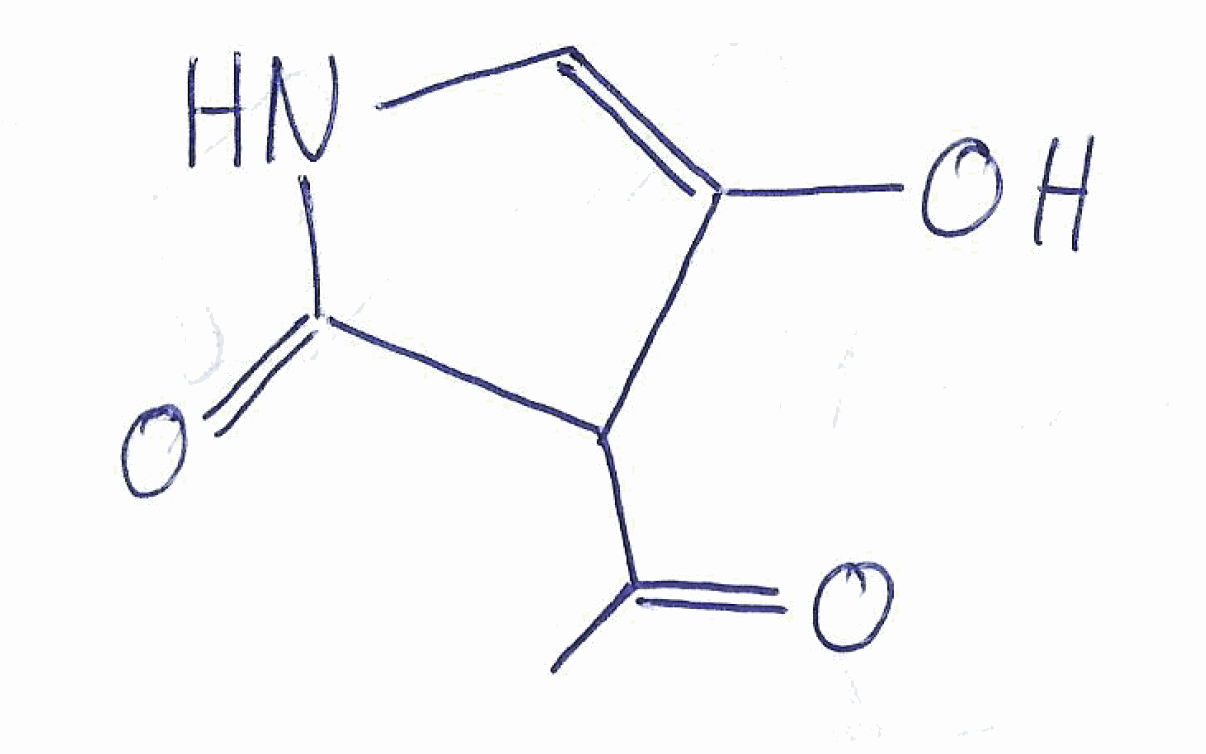
Simplified molecular-input line-entry system (SMILES) notation of the given molecule:
CC(=O)C1C(=CNC1=O)O